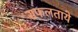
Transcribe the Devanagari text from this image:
सफलताये